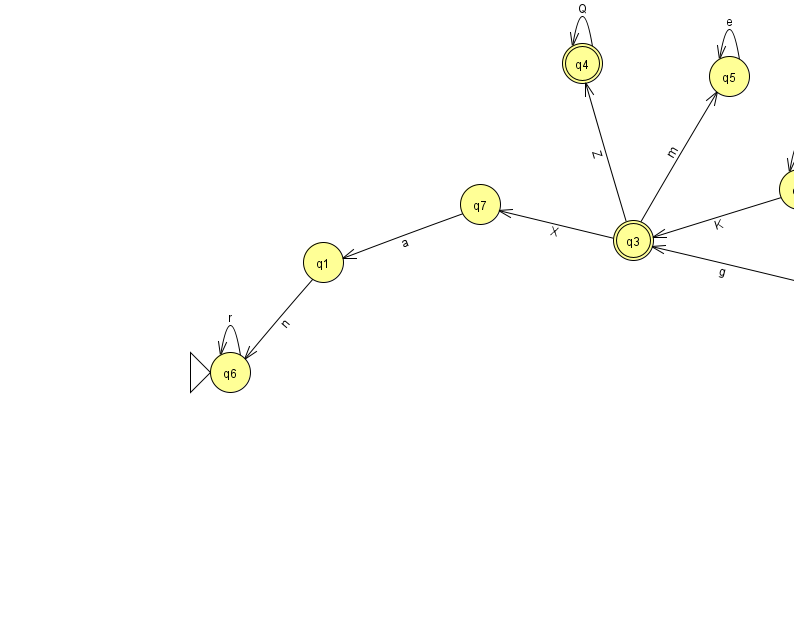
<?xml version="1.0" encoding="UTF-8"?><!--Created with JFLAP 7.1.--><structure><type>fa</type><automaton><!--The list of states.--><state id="0" name="q0"><x>817.0</x><y>270.0</y></state><state id="1" name="q1"><x>323.0</x><y>249.0</y></state><state id="2" name="q2"><x>799.0</x><y>176.0</y></state><state id="3" name="q3"><x>633.0</x><y>227.0</y><final/></state><state id="4" name="q4"><x>582.0</x><y>50.0</y><final/></state><state id="5" name="q5"><x>729.0</x><y>63.0</y></state><state id="6" name="q6"><x>230.0</x><y>359.0</y><initial/></state><state id="7" name="q7"><x>480.0</x><y>191.0</y></state><!--The list of transitions.--><transition><from>2</from><to>2</to><read>p</read></transition><transition><from>4</from><to>4</to><read>Q</read></transition><transition><from>6</from><to>6</to><read>r</read></transition><transition><from>2</from><to>3</to><read>K</read></transition><transition><from>5</from><to>5</to><read>e</read></transition><transition><from>3</from><to>4</to><read>Z</read></transition><transition><from>1</from><to>6</to><read>n</read></transition><transition><from>3</from><to>5</to><read>m</read></transition><transition><from>3</from><to>7</to><read>X</read></transition><transition><from>0</from><to>3</to><read>g</read></transition><transition><from>7</from><to>1</to><read>a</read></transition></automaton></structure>